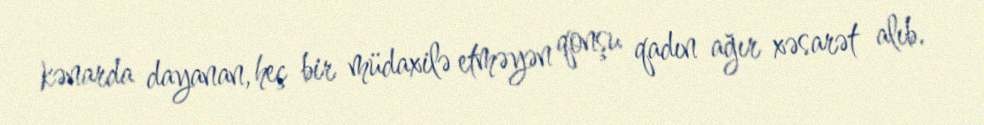
kənarda dayanan, heç bir müdaxilə etməyən qonşu qadın ağır xəsarət alıb.